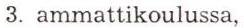
3. ammattikoulussa,